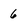
Character: 6